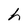
Character: h